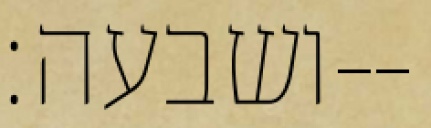
ושבעה׃--